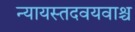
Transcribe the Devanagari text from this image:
न्यायस्तदवयवाश्च